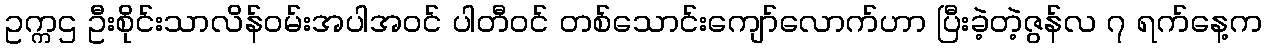
ဥက္ကဌ ဦးစိုင်းသာလိန်ဝမ်းအပါအဝင် ပါတီဝင် တစ်သောင်းကျော်လောက်ဟာ ပြီးခဲ့တဲ့ဇွန်လ ၇ ရက်နေ့က